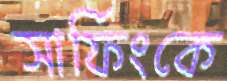
সার্ফিংকে